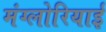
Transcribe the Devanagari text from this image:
मंग्लोरियाई